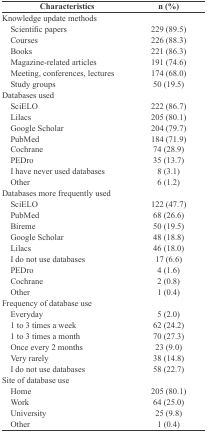
<table><thead><tr><td><b>Characteristics</b></td><td><b>n (%)</b></td></tr></thead><tbody><tr><td> Knowledge update methods</td><td></td></tr><tr><td> Scientific papers</td><td> 229 (89.5)</td></tr><tr><td> Courses</td><td> 226 (88.3)</td></tr><tr><td> Books</td><td> 221 (86.3)</td></tr><tr><td> Magazine-related articles</td><td> 191 (74.6)</td></tr><tr><td> Meeting, conferences, lectures</td><td> 174 (68.0)</td></tr><tr><td> Study groups</td><td> 50 (19.5)</td></tr><tr><td> Databases used</td><td></td></tr><tr><td> SciELO</td><td> 222 (86.7)</td></tr><tr><td> Lilacs</td><td> 205 (80.1)</td></tr><tr><td> Google Scholar</td><td> 204 (79.7)</td></tr><tr><td> PubMed</td><td> 184 (71.9)</td></tr><tr><td> Cochrane</td><td> 74 (28.9)</td></tr><tr><td> PEDro</td><td> 35 (13.7)</td></tr><tr><td> I have never used databases</td><td> 8 (3.1)</td></tr><tr><td> Other</td><td> 6 (1.2)</td></tr><tr><td> Databases more frequently used</td><td></td></tr><tr><td> SciELO</td><td> 122 (47.7)</td></tr><tr><td> PubMed</td><td> 68 (26.6)</td></tr><tr><td> Bireme</td><td> 50 (19.5)</td></tr><tr><td> Google Scholar</td><td> 48 (18.8)</td></tr><tr><td> Lilacs</td><td> 46 (18.0)</td></tr><tr><td> I do not use databases</td><td> 17 (6.6)</td></tr><tr><td> PEDro</td><td> 4 (1.6)</td></tr><tr><td> Cochrane</td><td> 2 (0.8)</td></tr><tr><td> Other</td><td> 1 (0.4)</td></tr><tr><td> Frequency of database use</td><td></td></tr><tr><td> Everyday</td><td> 5 (2.0)</td></tr><tr><td> 1 to 3 times a week</td><td> 62 (24.2)</td></tr><tr><td> 1 to 3 times a month</td><td> 70 (27.3)</td></tr><tr><td> Once every 2 months</td><td> 23 (9.0)</td></tr><tr><td> Very rarely</td><td> 38 (14.8)</td></tr><tr><td> I do not use databases</td><td> 58 (22.7)</td></tr><tr><td> Site of database use</td><td></td></tr><tr><td> Home</td><td> 205 (80.1)</td></tr><tr><td> Work</td><td> 64 (25.0)</td></tr><tr><td> University</td><td> 25 (9.8)</td></tr><tr><td> Other</td><td> 1 (0.4)</td></tr></tbody></table>